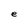
Character: e